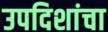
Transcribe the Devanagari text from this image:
उपदिशांचा